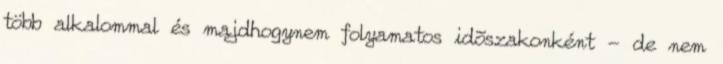
több alkalommal és majdhogynem folyamatos idõszakonként - de nem